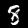
Digit: 8